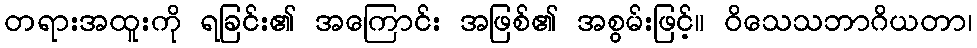
တရားအထူးကို ရခြင်း၏ အကြောင်း အဖြစ်၏ အစွမ်းဖြင့်။ ဝိသေသဘာဂိယတာ၊